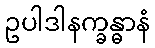
ဥပါဒါနက္ခန္ဓာနံ